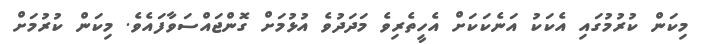
މިކަން ކުރުމުގައި އެކަކު އަނެކަކަށް އެހީތެރިވެ މަދަދުވެ އުޅުމަށް ގޮންޖައްސަވާފައެވެ. މިކަން ކުރުމަށް